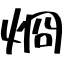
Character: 烱